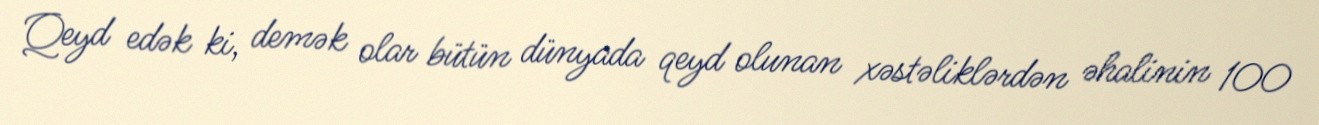
Qeyd edək ki, demək olar bütün dünyada qeyd olunan xəstəliklərdən əhalinin 100